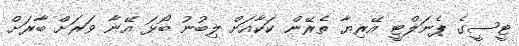
ޓީސީގެ ޕެނަލްޓީ އޭރިޔާ ތެރޭން ކަކާއަށް ލިބުނު ބޯޅަ އޭނާ ވަރަށް ބާރަށް